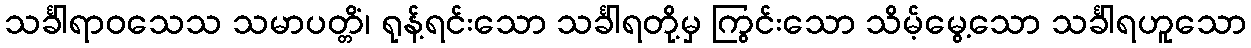
သင်္ခါရာဝသေသ သမာပတ္တိံ၊ ရုန့်ရင်းသော သင်္ခါရတို့မှ ကြွင်းသော သိမ့်မွေ့သော သင်္ခါရဟူသော